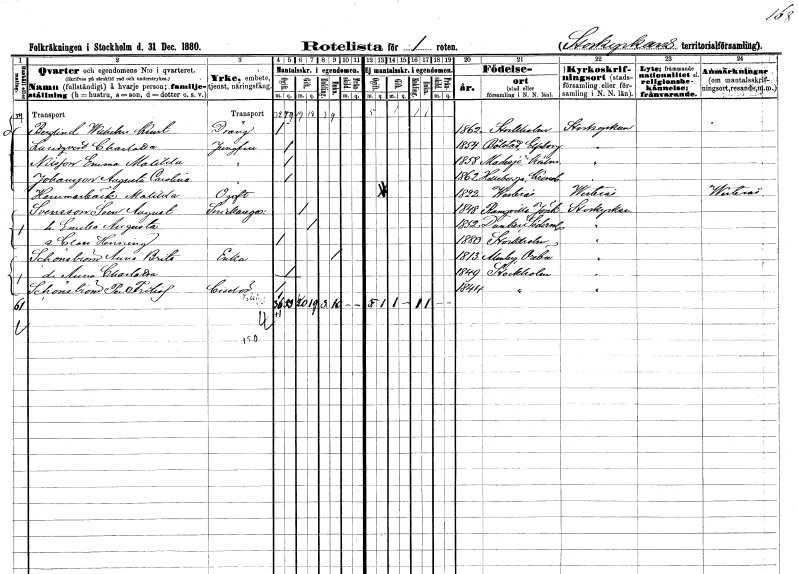
gt_parse: households: individuals: FN: Wilhelm Kurt
EN: Berglind
YRKE: Dräng
KON: M
CIV: O
FODAR: 1862
FODFORS: Stockholm
FN: Charlotta
EN: Lundqvist
YRKE: Jungfru
KON: K
CIV: O
FODAR: 1854
FODFORS: Bolstad Älvsborgs län
FN: Emma Matilda
EN: Nilsson
YRKE: Jungfru
KON: K
CIV: O
FODAR: 1858
FODFORS: Madesjö Kalmar län
FN: Augusta Carolina
EN: Johansson
YRKE: Jungfru
KON: K
CIV: O
FODAR: 1862
FODFORS: Hälleberga Kalmar län
FN: Matilda
EN: Hammarbeck
KON: K
CIV: O
FODAR: 1822
FODFORS: Västerås Västmanlands län
FN: Sven August
EN: Svensson
YRKE: Snickaregesäll
KON: M
CIV: G
FODAR: 1848
FODFORS: Ramkvilla Jönköpings län
FN: Emilia Augusta
KON: K
CIV: G
FODAR: 1852
FODFORS: Dunker Södermanlands län
FN: Claes Henning
KON: M
CIV: O
FODAR: 1880
FODFORS: Stockholm
FN: Anna Brita
EN: Schönström
YRKE: Änka
KON: K
CIV: E
FODAR: 1813
FODFORS: Almby Örebro län
FN: Anna Charlotta
KON: K
CIV: O
FODAR: 1849
FODFORS: Stockholm
FN: Per Fritiof
EN: Schönström
YRKE: Ciselör
KON: K
CIV: O
FODAR: 1844
FODFORS: Stockholm